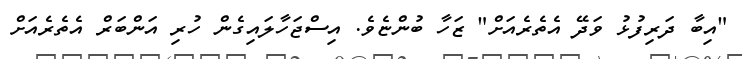
"އިބާ ދަރިފުޅު ވަދޭ އެތެރެއަށް" ޒަހާ ބުންޏެވެ. އިސްޖަހާލައިގެން ހުރި އަންބަރް އެތެރެއަށް